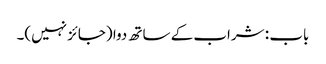
باب : شراب کے ساتھ دوا (جائز نہیں)۔